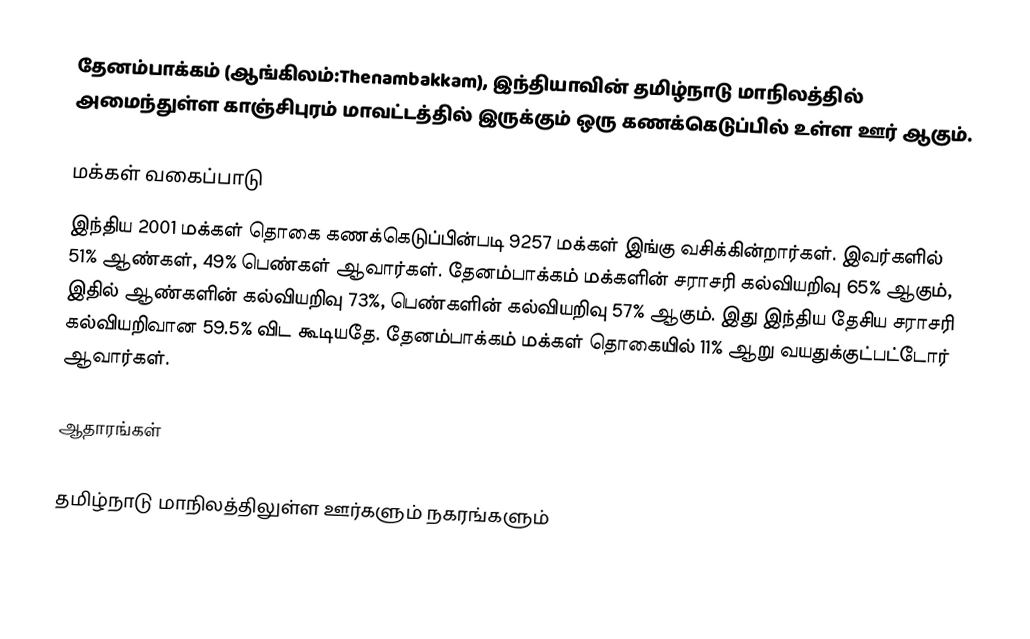
தேனம்பாக்கம் (ஆங்கிலம்:Thenambakkam), இந்தியாவின் தமிழ்நாடு மாநிலத்தில் அமைந்துள்ள காஞ்சிபுரம் மாவட்டத்தில் இருக்கும் ஒரு கணக்கெடுப்பில் உள்ள ஊர்  ஆகும்.

மக்கள் வகைப்பாடு
இந்திய 2001 மக்கள் தொகை கணக்கெடுப்பின்படி 9257 மக்கள் இங்கு வசிக்கின்றார்கள். இவர்களில் 51% ஆண்கள், 49% பெண்கள் ஆவார்கள். தேனம்பாக்கம் மக்களின் சராசரி கல்வியறிவு 65% ஆகும்,  இதில் ஆண்களின் கல்வியறிவு 73%,  பெண்களின் கல்வியறிவு 57% ஆகும். இது இந்திய தேசிய சராசரி கல்வியறிவான 59.5% விட கூடியதே. தேனம்பாக்கம் மக்கள் தொகையில் 11%  ஆறு வயதுக்குட்பட்டோர் ஆவார்கள்.

ஆதாரங்கள்

 தமிழ்நாடு மாநிலத்திலுள்ள ஊர்களும் நகரங்களும்